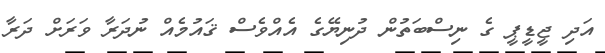
އަދި ޖީޑީޕީ ގެ ނިސްބަތުން ދުނިޔޭގެ އެއްވެސް ޤައުމެއް ނުދަރާ ވަރަށް ދަރާ